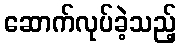
ဆောက်လုပ်ခဲ့သည့်